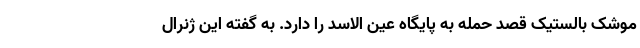
موشک بالستیک قصد حمله به پایگاه عین الاسد را دارد. به گفته این ژنرال